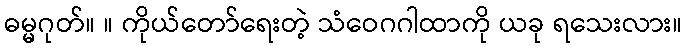
ဓမ္မဂုတ်။ ။ ကိုယ်တော်ရေးတဲ့ သံဝေဂဂါထာကို ယခု ရသေးလား။